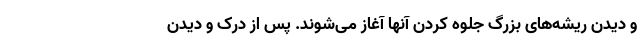
و دیدن ریشه‌های بزرگ جلوه کردن آنها آغاز می‌شوند. پس از درک و دیدن